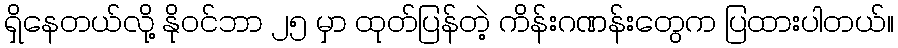
ရှိနေတယ်လို့ နိုဝင်ဘာ ၂၅ မှာ ထုတ်ပြန်တဲ့ ကိန်းဂဏန်းတွေက ပြထားပါတယ်။